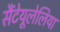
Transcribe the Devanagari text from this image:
सैंटेयूलेलिया